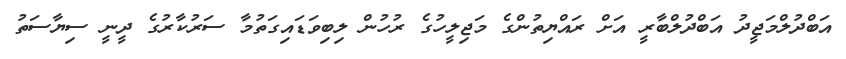
އަބްދުލްމަޖީދު އަބްދުލްބާރީ އަށް ރައްޔިތުންގެ މަޖިލީހުގެ ރުހުން ލިބިވަޑައިގަތުމާ ސަރުކާރުގެ ދީނީ ސިޔާސަތު